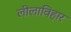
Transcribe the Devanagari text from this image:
लीलाविहार